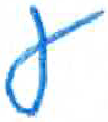
אות: ע